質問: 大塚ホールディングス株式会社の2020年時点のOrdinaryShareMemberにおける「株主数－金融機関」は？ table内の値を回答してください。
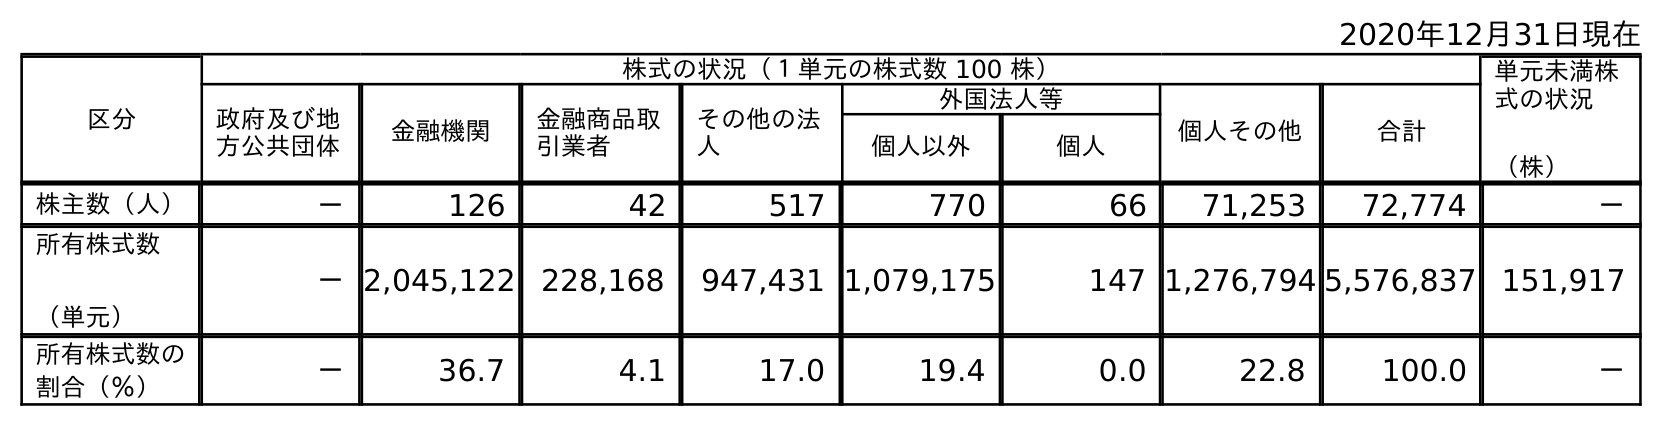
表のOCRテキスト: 2020年12月31日現在 区分 株式の状況（１単元の株式数 100 株） 単元未満株 式の状況 （株） 政府及び地 方公共団体 金融機関 金融商品取 引業者 その他の法 人 外国法人等 個人その他 合計 個人以外 個人 株主数（人） － 126 42 517 770 66 71,253 72,774 － 所有株式数 （単元） －2,045,122 228,168 947,431 1,079,175 147 1,276,794 5,576,837 151,917 所有株式数の 割合（％） － 36.7 4.1 17.0 19.4 0.0 22.8 100.0 －
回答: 126